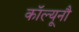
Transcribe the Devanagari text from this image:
कॉल्यूनौ